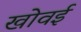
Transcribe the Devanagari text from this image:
खोवई